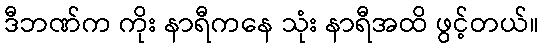
ဒီဘဏ်က ကိုး နာရီကနေ သုံး နာရီအထိ ဖွင့်တယ်။